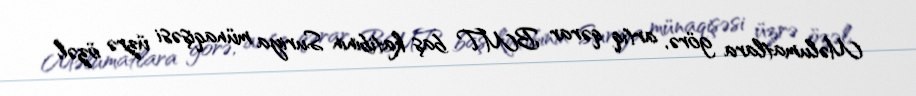
Məlumatlara görə, artıq qərar BMT baş katibinin Suriya münaqişəsi üzrə özəl